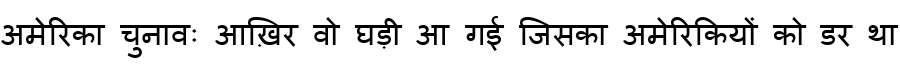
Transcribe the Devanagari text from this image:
अमेरिका चुनावः आख़िर वो घड़ी आ गई जिसका अमेरिकियों को डर था